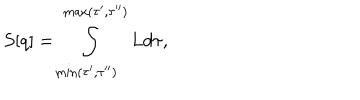
S [ q ] = \int _ { \min ( \tau ^ { \prime } , \tau ^ { \prime \prime } ) } ^ { \max ( \tau ^ { \prime } , \tau ^ { \prime \prime } ) } L d \tau ,